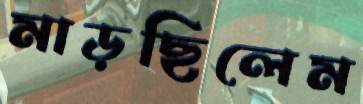
মাড়ছিলেম